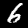
Digit: 6